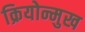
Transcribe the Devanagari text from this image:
क्रियोन्मुख